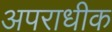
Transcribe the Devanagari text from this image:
अपराधीक